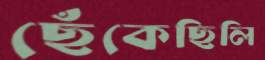
ছেঁকেছিলি